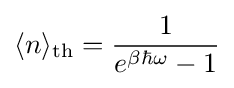
\langle n\rangle _{\text{th}}={\frac {1}{e^{\beta \hbar \omega }-1}}